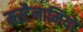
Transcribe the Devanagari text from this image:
मस्टैनामियो